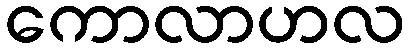
ကောလာဟလ